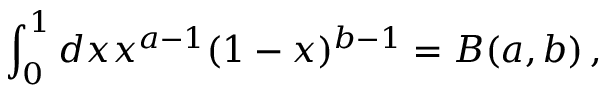
\int _ { 0 } ^ { 1 } d x x ^ { a - 1 } ( 1 - x ) ^ { b - 1 } = B ( a , b ) \, ,